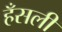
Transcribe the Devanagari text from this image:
हँसली